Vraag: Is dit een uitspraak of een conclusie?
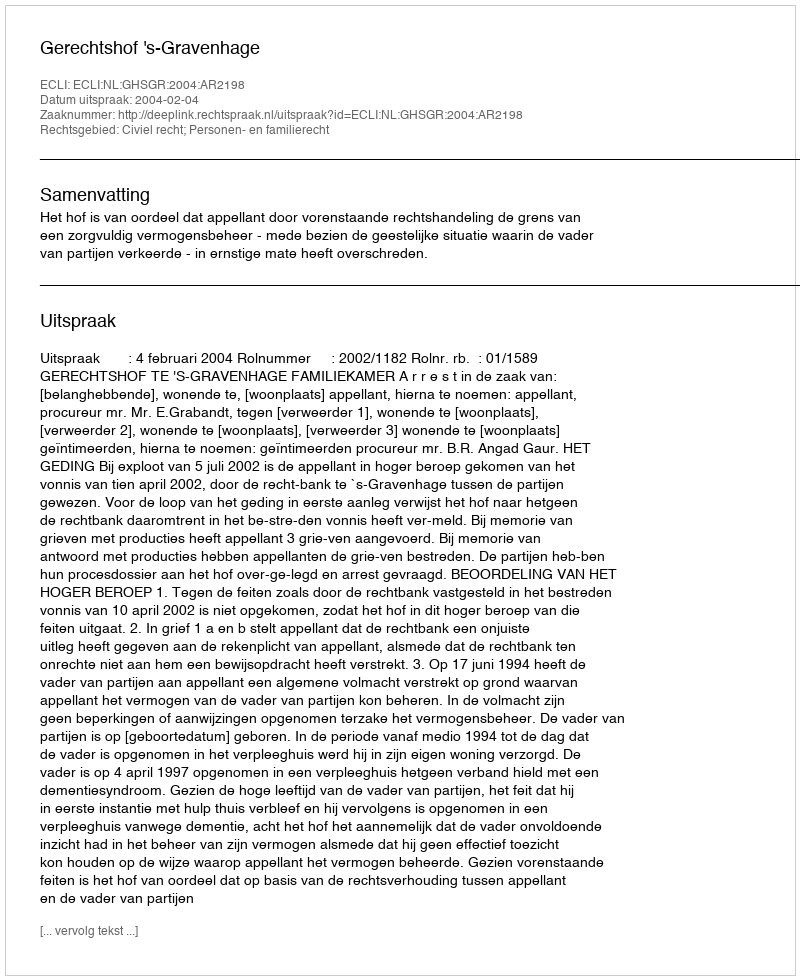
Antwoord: Uitspraak